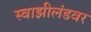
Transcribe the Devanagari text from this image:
स्वाझीलंडवर